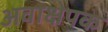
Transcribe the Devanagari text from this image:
अवाक्षेपक